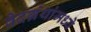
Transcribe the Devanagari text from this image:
वेदग्रंथांमध्ये